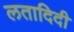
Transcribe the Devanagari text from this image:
लतादिदी